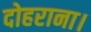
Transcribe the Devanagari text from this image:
दोहराना।